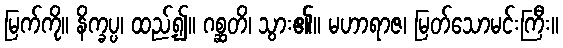
မြက်ကို။ နိက္ခပ္ပ၊ ထည့်၍။ ဂစ္ဆတိ၊ သွား၏။ မဟာရာဇ၊ မြတ်သောမင်းကြီး။